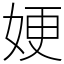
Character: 㛐